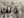
ذلك